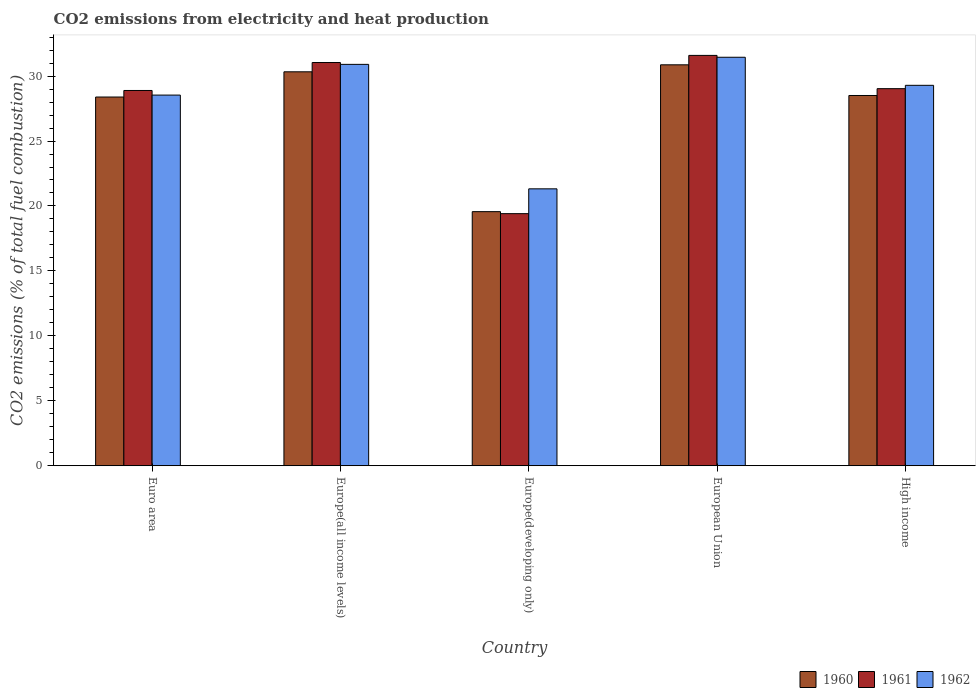
| Country | 1960 | 1961 | 1962 |
 | --- | --- | --- | --- |
 | Euro area | 28.4 | 28.9 | 28.5 |
 | Europe(all income levels) | 30.3 | 31 | 30.9 |
 | Europe(developing only) | 19.6 | 19.4 | 21.3 |
 | European Union | 30.9 | 31.6 | 31.5 |
 | High income | 28.5 | 29 | 29.3 |